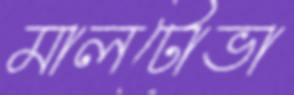
মালটোভা